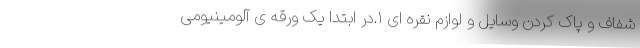
شفاف و پاک کردن وسایل و لوازم نقره ای ١.در ابتدا یک ورقه ی آلومینیومی